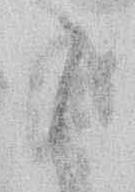
こ